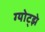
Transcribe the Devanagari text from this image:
ग्योट्झे